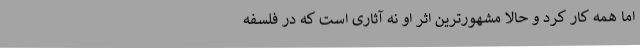
اما همه کار کرد و حالا مشهورترین اثر او نه آثاری است که در فلسفه